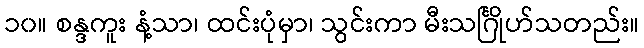
၁၀။ စန္ဒကူး နံ့သာ၊ ထင်းပုံမှာ၊ သွင်းကာ မီးသင်္ဂြိုဟ်သတည်း။